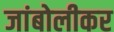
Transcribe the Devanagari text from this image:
जांबोलीकर